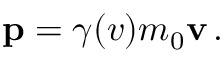
\mathbf { p } = \gamma ( v ) m _ { 0 } \mathbf { v } \, .